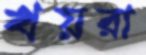
খয়রা